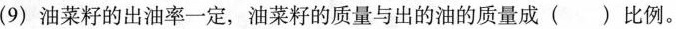
(9)油菜籽的出油率一定，油菜籽的质量与出的油的质量成( )比例。